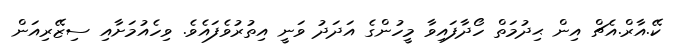
ކޭ.އާރް.އެޗް އިން ޙިދުމަތް ހޯދާފައިވާ މީހުންގެ އަދަދު ވަނީ އިތުރުވެފައެވެ. ވިހެއުމަށާއި ސިޒޭރިއަން